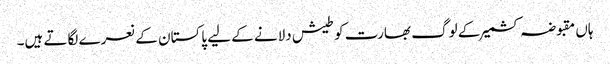
ہاں مقبوضہ کشمیر کے لوگ بھارت کو طیش دلانے کے لیے پاکستان کے نعرے لگاتے ہیں۔